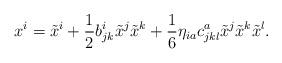
LaTeX: \begin{align*}x^i=\tilde{x}^i+\frac{1}{2}b^i_{jk}\tilde{x}^j\tilde{x}^k+\frac{1}{6}\eta_{ia}c^a_{jkl}\tilde{x}^j\tilde{x}^k\tilde{x}^l.\end{align*}